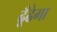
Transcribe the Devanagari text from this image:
ढूँढेगा